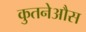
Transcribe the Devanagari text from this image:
कुतनेऔस